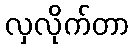
လှလိုက်တာ